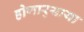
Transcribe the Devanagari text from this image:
होणार्‍याया